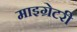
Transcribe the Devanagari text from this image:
माइग्रेटरी